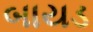
બાયડ